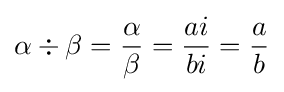
\alpha \div \beta ={\frac {\alpha }{\beta }}={\frac {ai}{bi}}={\frac {a}{b}}